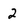
Character: 2